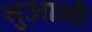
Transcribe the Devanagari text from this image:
सुआली